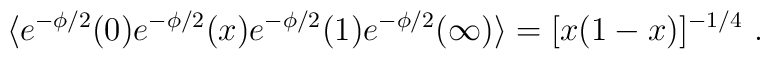
\langle e^{-\phi/2} (0) e^{-\phi/2} (x) e^{-\phi/2} (1)e^{-\phi/2} (\infty)\rangle =[ x (1-x)]^{-1/4}\ .